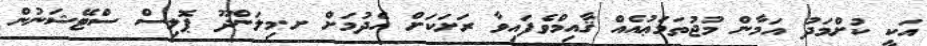
އަކީ ކުށްމަދު އަމާން މުޖުތަމަޢުއެއް ޤާއިމްވެފައިވާ ރަށަކަށް ހެދުމަށް ށ.މިލަންދޫ ޕޮލިސް ސްޓޭޝަނުން